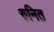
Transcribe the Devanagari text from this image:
रुनित